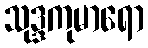
သုဒ္ဒကုမာရော